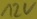
Text: 12v